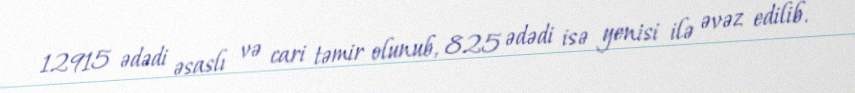
12915 ədədi əsaslı və cari təmir olunub, 825 ədədi isə yenisi ilə əvəz edilib.